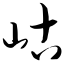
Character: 岵